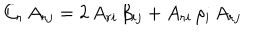
C _ { r } \, A _ { r j } = 2 \, A _ { r i } \, \beta _ { i j } + A _ { r i } \, \rho _ { i } \, A _ { r j }